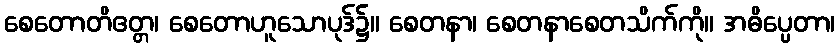
စေတောတိဧတ္တ၊ စေတောဟူသောပုဒ်၌။ စေတနာ၊ စေတနာစေတသိက်ကို။ အဓိပ္ပေတာ၊